Civil Veterinary Dept. Bombay admin report 1914-1922 - 1914-1922
Year: 1914
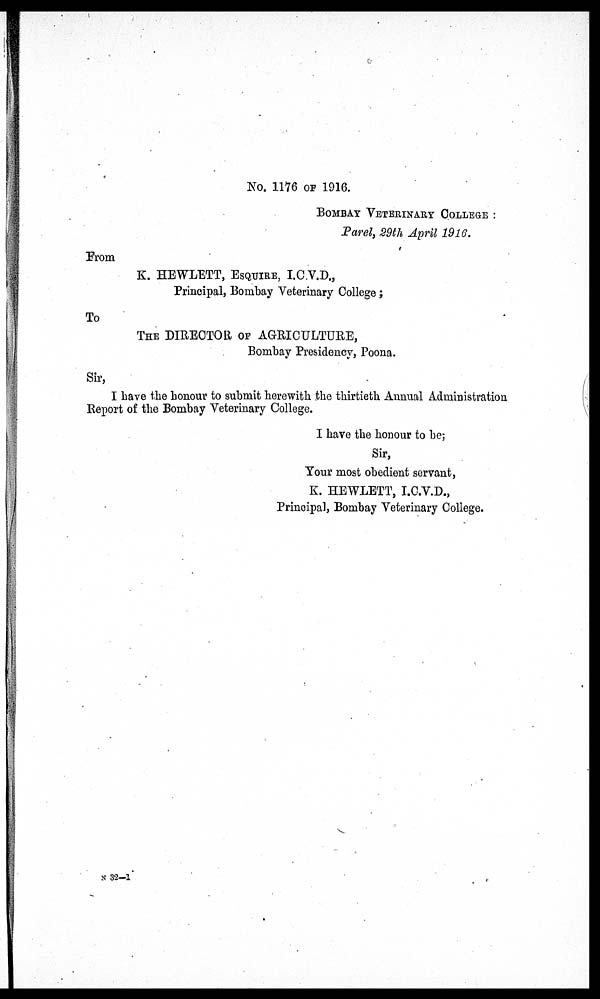
No. 1176 OF 1916.
BOMBAY VETERINARY COLLEGE :
Parel, 29th April 1916.
From
K. HEWLETT, ESQUIRE, I.C.V.D.,
Principal, Bombay Veterinary College;
To
THE DIRECTOR OF AGRICULTURE,
Bombay Presidency, Poona.
Sir,
I have the honour to submit herewith the thirtieth Annual Administration
Report of the Bombay Veterinary College.
I have the honour to be;
Sir,
Your most obedient servant,
K. HEWLETT, I.C.V.D.,
Principal, Bombay Veterinary College.
N 32-1